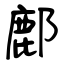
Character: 鄜